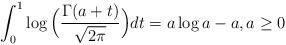
LaTeX: \begin{align*}\int_{0}^{1}\log\Big(\frac{\Gamma(a+t)}{\sqrt{2\pi}}\Big)dt=a\log a-a, a\geq 0\end{align*}